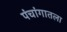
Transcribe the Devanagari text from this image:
पंचांगातला